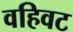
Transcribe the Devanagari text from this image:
वहिवट